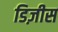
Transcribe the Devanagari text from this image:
डिज़ीस